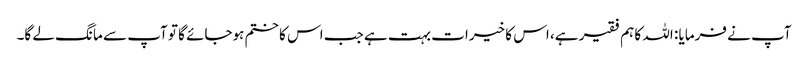
آپ نے فرمایا : اللہ کا ہم فقیر ہے، اس کا خیرات بہت ہے جب اس کا ختم ہوجائے گا تو آپ سے مانگ لے گا۔